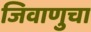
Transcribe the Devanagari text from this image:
जिवाणुचा